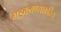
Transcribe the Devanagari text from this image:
भडकवण्याकरिता